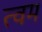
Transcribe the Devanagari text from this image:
त्वम